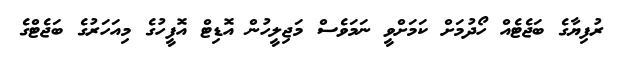
ރުފިޔާގެ ބަޖެޓެއް ހޯދުމަށް ކަމަށްވީ ނަމަވެސް މަޖިލީހުން އޮޑިޓް އޮފީހުގެ މިއަހަރުގެ ބަޖެޓްގެ